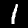
Digit: 1